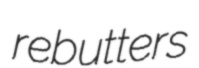
rebutters